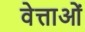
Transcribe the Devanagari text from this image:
वेत्ताओं